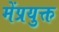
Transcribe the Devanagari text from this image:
मेंप्रयुक्त